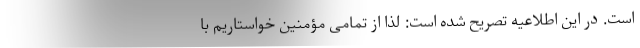
است. در این اطلاعیه تصریح شده است: لذا از تمامی مؤمنین خواستاریم با